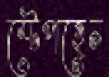
স্টেপহেন